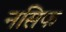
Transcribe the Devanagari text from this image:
नसिफ